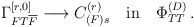
\begin{align*}\Gamma^{[r,0]}_{FT{\overline{F}}} \longrightarrow C^{(r)}_{(F)s} \quad{\rm{in}}\quad \Phi^{(D)}_{TT} \, .\end{align*}